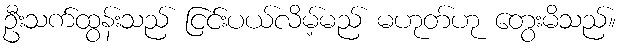
ဦးသက်ထွန်းသည် ငြင်းပယ်လိမ့်မည် မဟုတ်ဟု တွေးမိသည်။